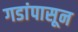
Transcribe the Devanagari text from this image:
गडांपासून